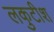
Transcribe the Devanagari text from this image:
लकुटीश